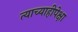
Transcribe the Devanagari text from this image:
त्याच्याहीपेक्षा